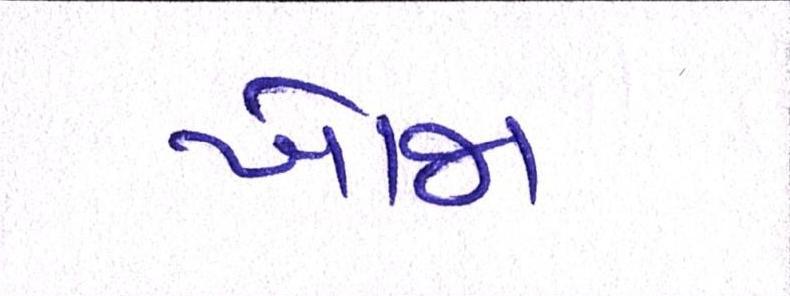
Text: ખોજા